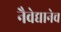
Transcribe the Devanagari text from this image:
नैवेद्यानेच